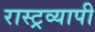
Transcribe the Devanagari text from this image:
रास्ट्रव्यापी